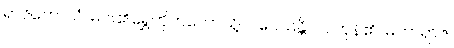
ရာဇကောသံ၊ မင်း၏ရွှေတိုက်တော်သို့။ ပဝေသန္တိ၊ ဝင်ကုန်၏။ မဟာရာဇ၊